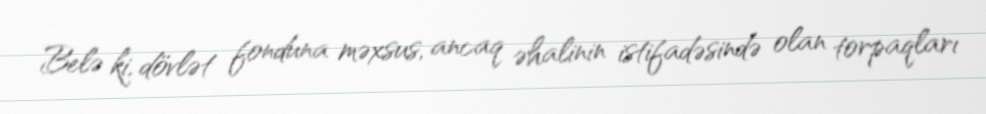
Belə ki, dövlət fonduna məxsus, ancaq əhalinin istifadəsində olan torpaqları